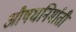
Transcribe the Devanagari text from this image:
औषधनिर्माती